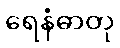
ရေနံဓာတု